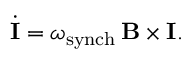
\dot { \bf I } = \omega _ { \mathrm { s y n c h } } \, { \bf B } \times { \bf I } .